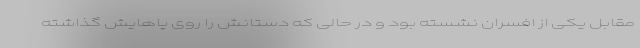
مقابل یکی از افسران نشسته بود و در حالی که دستانش را روی پاهایش گذاشته